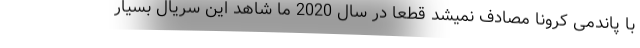
با پاندمی کرونا مصادف نمیشد قطعا در سال 2020 ما شاهد این سریال بسیار